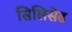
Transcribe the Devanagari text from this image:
सिलिसेढ